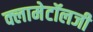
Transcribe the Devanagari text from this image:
क्लामेटॉलजी